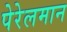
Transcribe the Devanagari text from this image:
पेरेलमान